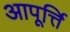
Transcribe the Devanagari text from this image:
आपूर्त्ति